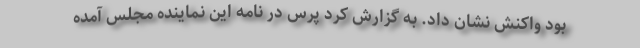
بود واکنش نشان داد. به گزارش کُرد پرس در نامه این نماینده مجلس آمده